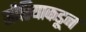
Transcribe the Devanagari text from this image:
सीरियाकडून